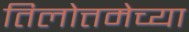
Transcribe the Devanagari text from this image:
तिलोत्तमेच्या